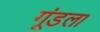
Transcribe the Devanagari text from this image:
गूंडला